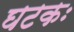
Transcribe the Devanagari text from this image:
घटकः